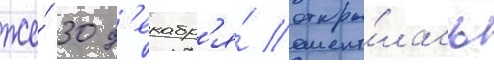
же́ 30 д'екабр'я́ откры́лась